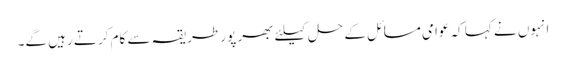
انہوں نے کہا کہ عوامی مسائل کے حل کیلئے بھر پور طریقہ سے کام کرتے رہیں گے۔